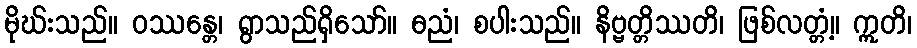
မိုဃ်းသည်။ ဝဿန္တေ၊ ရွာသည်ရှိသော်။ ဓညံ၊ စပါးသည်။ နိဗ္ဗတ္တိဿတိ၊ ဖြစ်လတ္တံ့။ ဣတိ၊